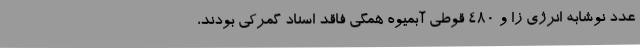
عدد نوشابه انرژی زا و 480 قوطی آبمیوه همگی فاقد اسناد گمرکی بودند،